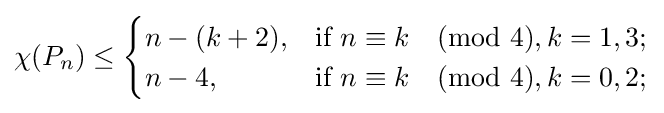
\chi (P_{n})\leq {\begin{cases}n-(k+2),&{\text{if }}n\equiv k{\pmod {4}},k=1,3;\\n-4,&{\text{if }}n\equiv k{\pmod {4}},k=0,2;\end{cases}}